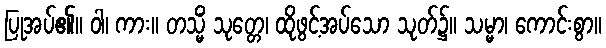
ပြုအပ်၏။ ဝါ၊ ကား။ တသ္မိံ သုတ္တေ၊ ထိုဖွင့်အပ်သော သုတ်၌။ သမ္မာ၊ ကောင်းစွာ။